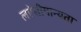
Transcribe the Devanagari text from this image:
लऐसीमान्यता